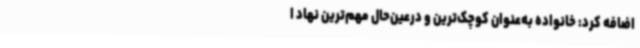
اضافه کرد: خانواده به‌عنوان کوچک‌ترین و درعین‌حال مهم‌ترین نهاد ا